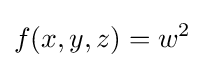
f(x,y,z)=w^{2}